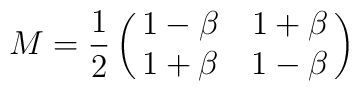
M={1\over2}\left(\matrix{1-\beta&1+\beta\cr1+\beta&1-\beta\cr}\right)